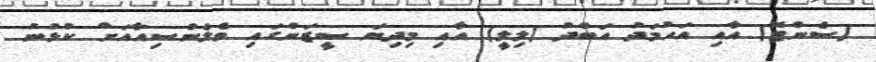
(ސެންޓޭ) އާއި އަހުމަދު އަބްދު (ލިލީ) އާއި މިދިޔަ ސީޒަންގައި ވެލެންސިއާއަށް ކުޅުނު